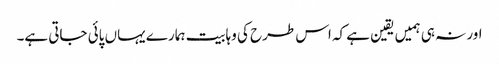
اور نہ ہی ہمیں یقین ہے کہ اس طرح کی وہابیت ہمارے یہاں پائی جاتی ہے۔